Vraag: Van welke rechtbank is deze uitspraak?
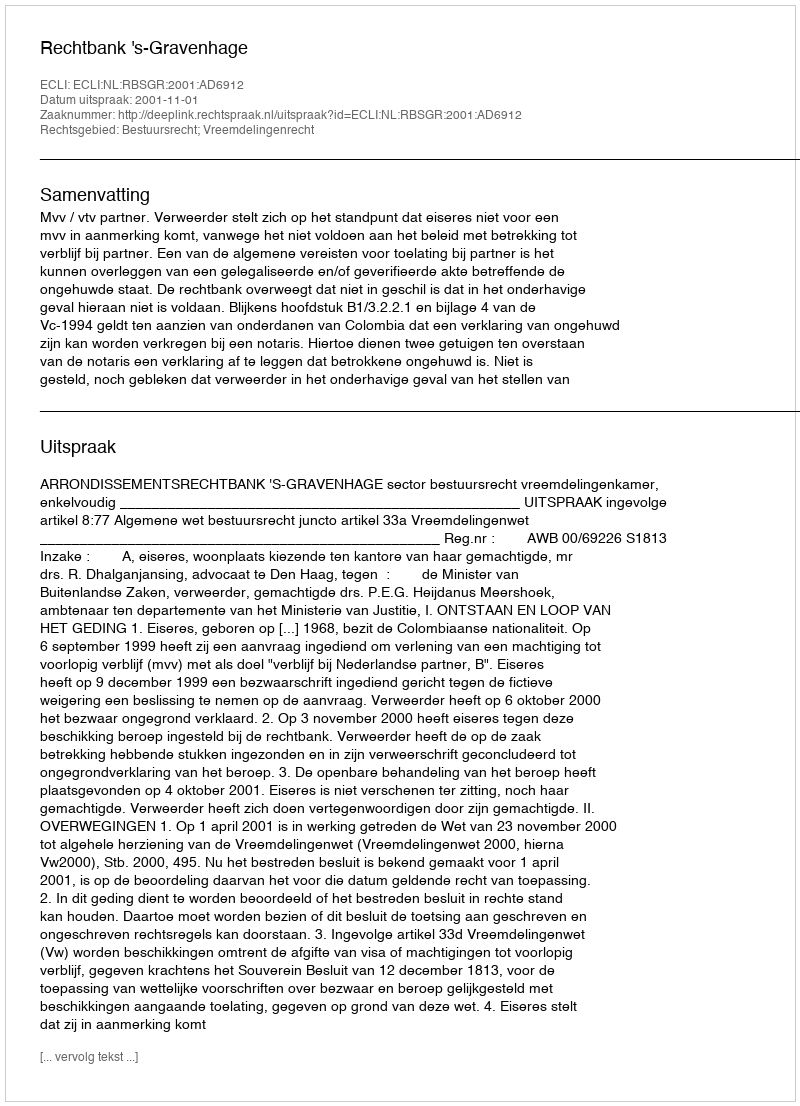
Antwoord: Rechtbank 's-Gravenhage